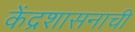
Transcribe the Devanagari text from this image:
केंद्रशासनाची